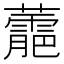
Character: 蘎